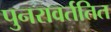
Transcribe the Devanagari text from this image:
पुनरावर्ततित